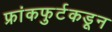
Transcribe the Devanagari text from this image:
फ्रांकफुर्टकडून